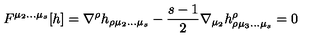
F ^ { \mu _ { 2 } \ldots \mu _ { s } } [ h ] = \nabla ^ { \rho } h _ { \rho \mu _ { 2 } \ldots \mu _ { s } } - { \frac { s - 1 } { 2 } } \nabla _ { \mu _ { 2 } } h _ { \rho \mu _ { 3 } \ldots \mu _ { s } } ^ { \rho } = 0